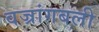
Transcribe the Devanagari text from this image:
वज्रांगबली